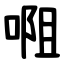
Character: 唨